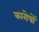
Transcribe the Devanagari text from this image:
कारोपों